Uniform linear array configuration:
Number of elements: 8
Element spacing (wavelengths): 0.5
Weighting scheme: hamming
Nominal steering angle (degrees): -15
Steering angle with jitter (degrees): -13.745
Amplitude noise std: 0.05
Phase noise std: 0.05

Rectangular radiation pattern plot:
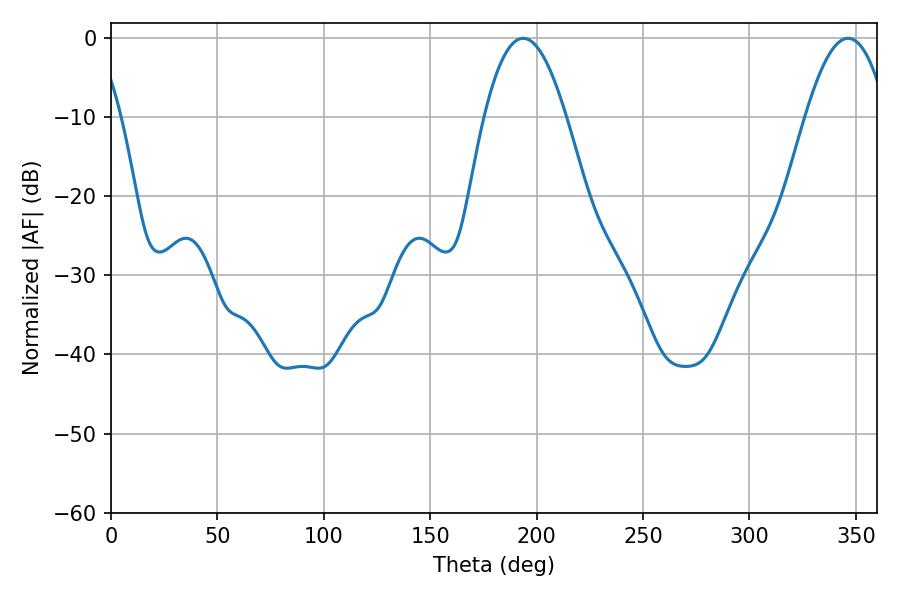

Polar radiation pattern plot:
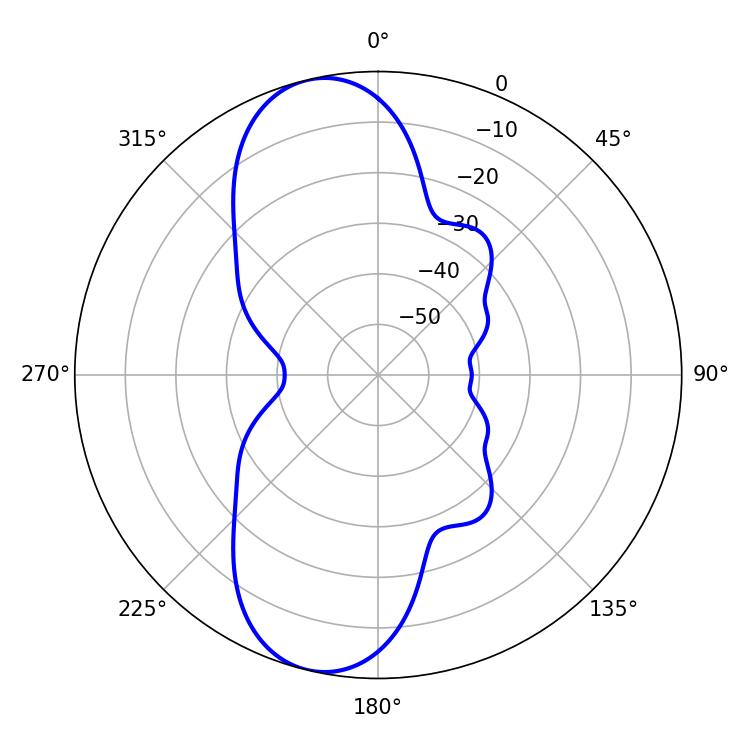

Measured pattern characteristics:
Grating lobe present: FALSE
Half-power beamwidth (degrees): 21.06
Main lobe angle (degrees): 193.68